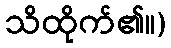
သိထိုက်၏။)